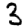
Digit: 3